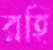
রহি